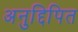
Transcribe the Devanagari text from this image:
अनुद्दिपित